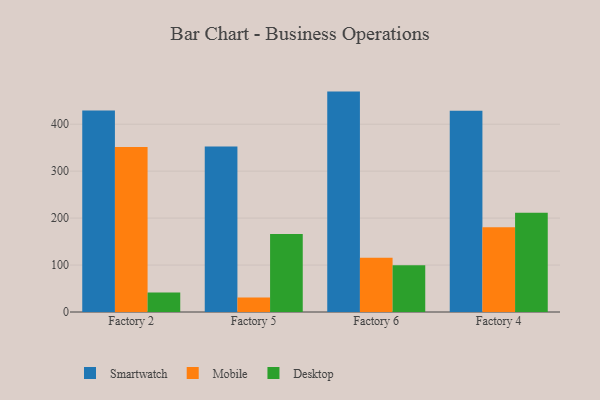
{"axis": {"x": "Factory", "y": "Churn Rate (%)"}, "legend": ["Desktop", "Mobile", "Smartwatch"], "data": [{"x": "Factory 2", "y": 429.1, "type": "Smartwatch"}, {"x": "Factory 2", "y": 351.2, "type": "Mobile"}, {"x": "Factory 2", "y": 41.4, "type": "Desktop"}, {"x": "Factory 5", "y": 352.7, "type": "Smartwatch"}, {"x": "Factory 5", "y": 30.8, "type": "Mobile"}, {"x": "Factory 5", "y": 166.1, "type": "Desktop"}, {"x": "Factory 6", "y": 469.4, "type": "Smartwatch"}, {"x": "Factory 6", "y": 115.3, "type": "Mobile"}, {"x": "Factory 6", "y": 99.4, "type": "Desktop"}, {"x": "Factory 4", "y": 428.4, "type": "Smartwatch"}, {"x": "Factory 4", "y": 180.5, "type": "Mobile"}, {"x": "Factory 4", "y": 211.6, "type": "Desktop"}]}